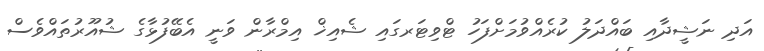
އަދި ނަޝީދާއި ބައްދަލު ކުރެއްވުމަށްފަހު ޓްވިޓަރގައި ޝެއިޚް އިމްރާން ވަނީ އެބޭފުޅާގެ ޝުއޫރުތައްވެސް